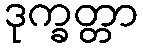
ဒုက္ခတ္တာ